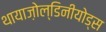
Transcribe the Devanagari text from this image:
थायाज़ोल्डिनीयोड्स